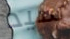
سيد